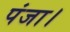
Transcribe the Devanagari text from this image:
पंजा।